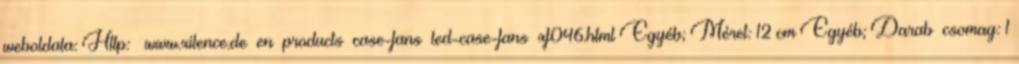
weboldala: Http: www.xilence.de en products case-fans led-case-fans xf046.html Egyéb; Méret: 12 cm Egyéb; Darab csomag: 1